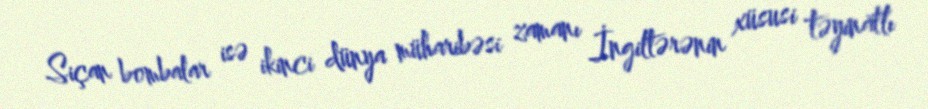
Siçan bombalar isə ikinci dünya müharibəsi zamanı İngiltərənin xüsusi təyinatlı